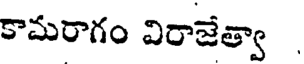
కామరాగం విరాజేత్వా